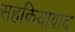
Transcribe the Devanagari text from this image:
सहक्रियावाद